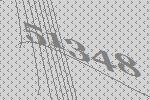
51348